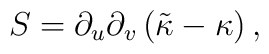
S = \partial_u \partial_v \left( \tilde{\kappa} -\kappa \right) ,